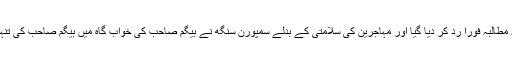
بیگم صاحب کا یہ مطالبہ فوراً رد کر دیا گیا اور مہاجرین کی سلامتی کے بدلے سمپورن سنگھ نے بیگم صاحب کی خواب گاہ میں بیگم صاحب کی تنہائی کا مطالبہ کیا۔